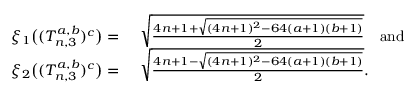
\begin{array} { r l } { \xi _ { 1 } \big ( ( T _ { n , 3 } ^ { a , b } ) ^ { c } \big ) = } & { ~ \sqrt { \frac { 4 n + 1 + \sqrt { ( 4 n + 1 ) ^ { 2 } - 6 4 ( a + 1 ) ( b + 1 ) } } { 2 } } \quad \mathrm { a n d } } \\ { \xi _ { 2 } \big ( ( T _ { n , 3 } ^ { a , b } ) ^ { c } \big ) = } & { ~ \sqrt { \frac { 4 n + 1 - \sqrt { ( 4 n + 1 ) ^ { 2 } - 6 4 ( a + 1 ) ( b + 1 ) } } { 2 } } . } \end{array}